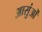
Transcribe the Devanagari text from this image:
आसुंओं